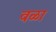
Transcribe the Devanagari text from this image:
वळा